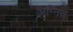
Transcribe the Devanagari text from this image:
अग्निस्